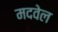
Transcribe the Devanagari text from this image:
मदवेल